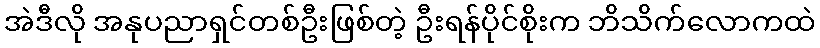
အဲဒီလို အနုပညာရှင်တစ်ဦးဖြစ်တဲ့ ဦးရန်ပိုင်စိုးက ဘိသိက်လောကထဲ